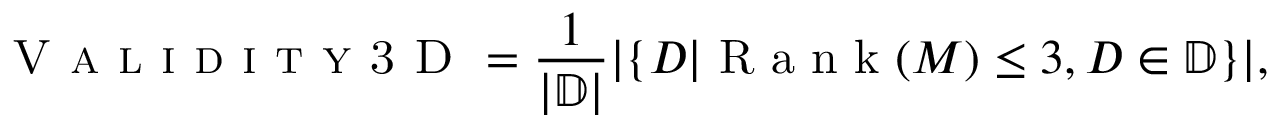
\textsc { V a l i d i t y 3 D } = \frac { 1 } { | \mathbb { D } | } | \{ D | \textrm { R a n k } ( M ) \le 3 , D \in \mathbb { D } \} | ,